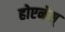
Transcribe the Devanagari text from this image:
होएनेस्